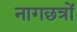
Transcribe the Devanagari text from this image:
नागछत्रों